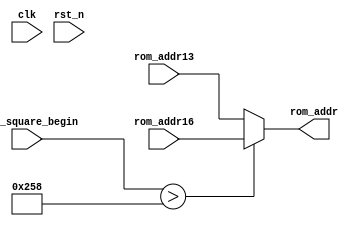
`timescale 1ns / 1ps
//////////////////////////////////////////////////////////////////////////////////
// Company: 
// Engineer: 
// 
// Design Name: 
// Module Name:    select_addr 
// Project Name: 
// Target Devices: 
// Tool versions: 
// Description: 
//
// Dependencies: 
//
// Revision: 
// Revision 0.01 - File Created
// Additional Comments: 
//
//////////////////////////////////////////////////////////////////////////////////
module select_addr(						
	input							clk,				
	input							rst_n,
	input		[15:0]				flag_square_begin,
	input		[15:0]				rom_addr13,//VGA_square	
	input		[15:0]				rom_addr16,//VGA_bsprite
								
	output		[15:0]				rom_addr	//							
	
    );
	
	
assign 	rom_addr = (flag_square_begin > 3*200)? rom_addr16 : rom_addr13;
	
	
	
	//3
//always @ (posedge clk or negedge rst_n)begin
//	if(!rst_n)
//	rom_addr <= 13'd0;
//	else if(flag_square_begin >  3*200)
//	rom_addr <= rom_addr16;
//	else
//	rom_addr <= rom_addr13;
//	end
	


endmodule